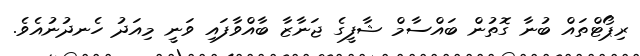
ރިޕޯޓްތައް ބުނާ ގޮތުން ބައްސާމް ޝާފީގެ ޖަނާޒާ ބާއްވާފައި ވަނީ މިއަދު ހެނދުނުއެވެ.